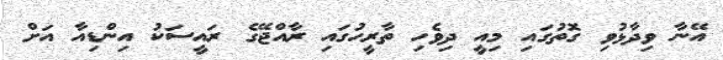
އޭނާ ވިދާޅުވި ގޮތުގައި މިއީ ދިވެހި ތާރީހުގައި ރާއްޖޭގެ ރައީސަކު އިންޑިއާ އަށް